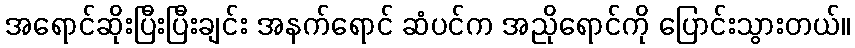
အရောင်ဆိုးပြီးပြီးချင်း အနက်ရောင် ဆံပင်က အညိုရောင်ကို ပြောင်းသွားတယ်။